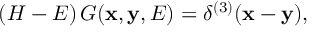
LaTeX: \left( { \cal H } - E \right) G ( { \bf x } , { \bf y } , E ) = \delta ^ { ( 3 ) } ( { \bf x } - { \bf y } ) ,